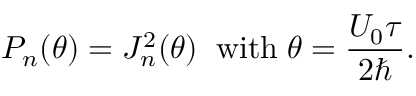
P _ { n } ( \theta ) = J _ { n } ^ { 2 } ( \theta ) \; \; \mathrm { w i t h } \; \theta = \frac { U _ { 0 } \tau } { 2 \hbar } .